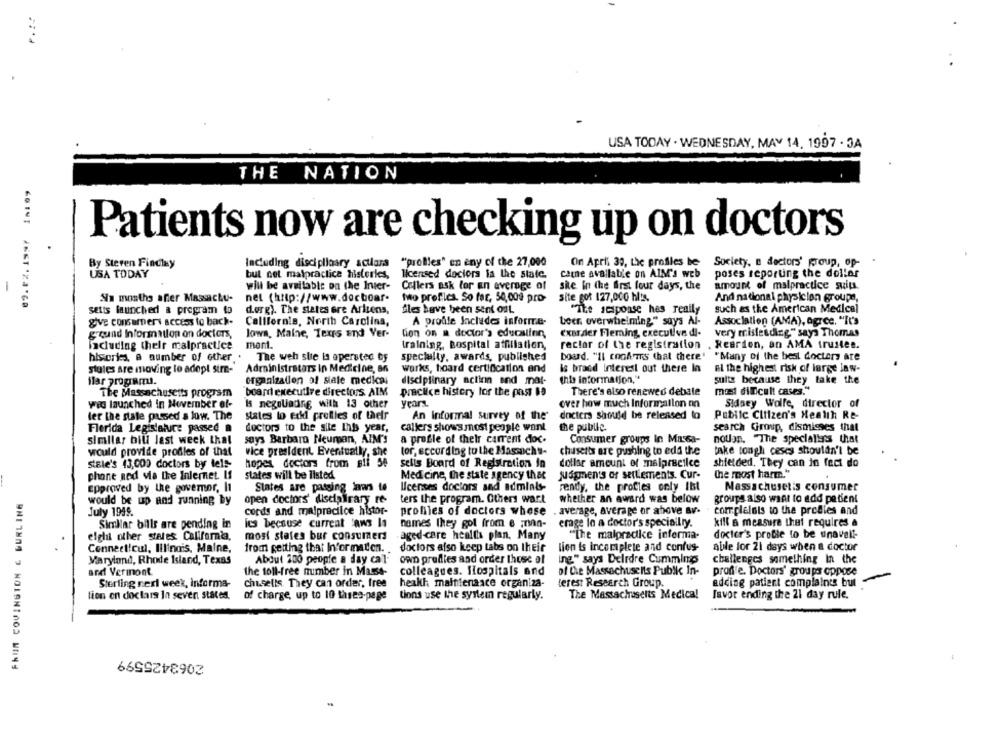
USA TODAY . WEDNESDAY, MAY 14, 1997 . 3A
THE NATION
Patients now are checking up on doctors
By Steven Findlay
Including disciplinary actions
"prolles" en eny of the 27,000
On April 39, the profiles be Society, e dactors' group, op-
USA TODAY
but not malpractice histerles,
licensed doctors is the state.
carne available on AIM'S web
poses reporting the dollar
-
will be available on the Inter-
Callers ask for an average of
she in the first four days, the
amount of malpractice suits.
Na mostha affer Massachu-
net (http://www.docboar.
two profiles. So far, 50,009 pro-
site got 127,000 h !.
And national physician groupe,
setts launched a program to
d.org). The states ere Arizens,
fles have been sent out
"The response hes really
such as the American Medical
give consumers access to back-
California, North Carolina,
A profile Includes informre-
beer overwhelming" says Ai-
Association (AMA), agree. "It's
g qund Information on docters,
lowa, Maine, Texrs End Ver-
lien on a doctor's education,
exas,der Fleming, executive di-
very misleading" says Thomas
including their malpractice
mont.
training, Bospital affiliation,
rector of the registration
. Reardon, an AMA trustee.
The weh sle la operated by
specialty, awards, published
board. "Il coofans that there'
"Many of the best doctors are
histories, a number of other
stules are moving to adopt sire-
Administrators in Medicine, on
works, hoard certification and
is brand interest out there In
el the highest risk of large law-
this information,"
ilar programi.
organization of state medical
disciplinary action and mal-
suits because they take the
The Massachusetts program
board executive directors. AIM
practice history lor the past 89
There's also renewed debale
med difficult cases."
wed launched in November of-
Is negolading with 13 other
years.
over how much Information on
Sidsey Wolfe, director of
ler the state passed a low. The
states to edid profiles of their
An Informal survey of the
docters Should be released to
Pubilc Citizen's Health Re-
Flerida Legislature passed
doctors to the site Ihts year,
callers shows most people want
the public.
search Group, dismisses that
notion. "The specialists that
similar bill last week that
says Barbara Neuman, AIM'S
a profile of their carrent doc-
Consumer groups In Massa-
would provide profiles of that
vice president. Eventually, she
tor, eccordlog to the Massachu-
chusetts are pushing to edd the
take tough ceses shouldn't be
stele's 43,000 doctors by tels-
hopes, doctors from all 5e
sells Board of Registration In
dollar amount of malpractice
shielded, They can in fect do
phone ned via the Internet. If
states will be listed
Med cine, the state agency that
judgments or settlements. Cur-
the most harm."
.
approved by the governor, It
States are passing laws to
licenses doctors and adminls-
rendy, the profies only Ibt
Massachusetis consumer
FRIIM COVINGTON & BURLING
would be up and running by
open doctors' disciplrary re-
ters the program. Others wart
whether an award was below
groups also want to add patient
July 1949.
cords and malprecilce histor-
profiles of doctors whose
average, average or above av-
complelots to the prodles and
Similar bills are pending in
ics because current aws In
names they got from e man-
erage in a doctor's speciall ry.
kill a measure that requires &
aged -care health plan, Many
"The malpradice informa-
doctor's proble to be unavali-
elghi other states California,
most states bur consumers
Connect!cul, Illinois, Maine,
from getting that Information.
doctors also keep tabs on their
lien is inceciplete and confus-
able for 21 days when a doctor
Maryland, Rhode Island, Texas
About 200 people a day cal-
own profiles and order those of
ing" says Deirdre Cumming
challenges something In the
and Vermont
the toll-free number in Macss-
colleagues. Hospitals and
of Che Massachuselis Pubik In-
prof e. Doctors' groups oppose
Sterling neri week, Informa-
chusells. They can order, free
health maintenance organiza-
lerest Research Group.
adding patient complaints but
The Massachusetts Medica!
lion on doclars In seven states.
of charge, up to 10 thres-page
tions use the system regularly.
favor ending the 21 day rule.
2063425599